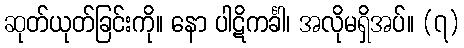
ဆုတ်ယုတ်ခြင်းကို။ နော ပါဋိကင်္ခါ၊ အလိုမရှိအပ်။ (၇)